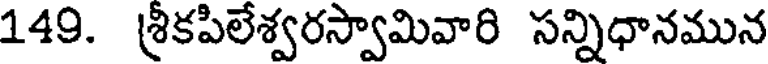
149. శ్రీకపిలేశ్వరస్వామివారి సన్నిధానమున